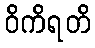
ဝိကိရတိ